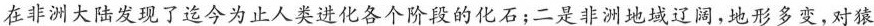
在非洲大陆发现了迄今为止人类进化各个阶段的化石；二是非洲地域辽阔，地形多变，对猿